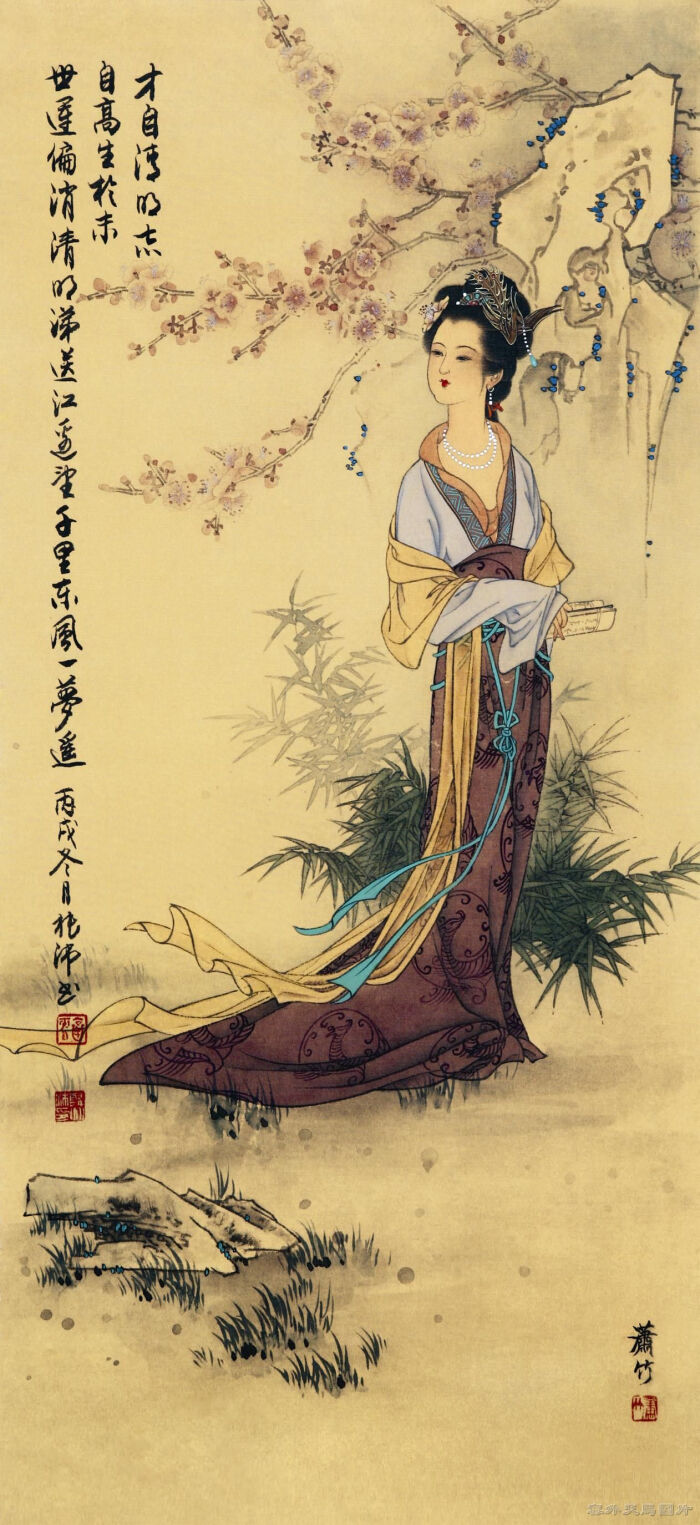
宁不知倾城与倾国。佳人难再得。